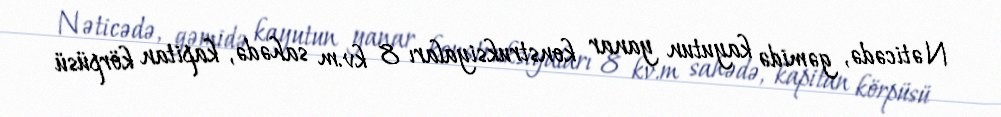
Nəticədə, gəmidə kayutun yanar konstruksiyaları 8 kv.m sahədə, kapitan körpüsü